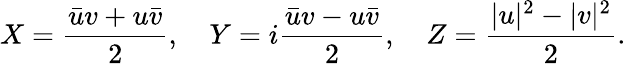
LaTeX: X=\frac{\bar{u}v+u\bar{v}}{2},\quad Y=i\frac{\bar{u}v-u\bar{v}}{2},\quad Z=\frac{|u|^{2}-|v|^{2}}{2}.